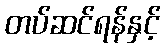
တပ်ဆင်ရန်နှင့်